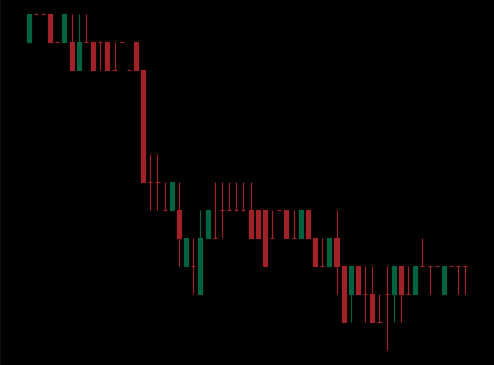
Pattern: bull_flag